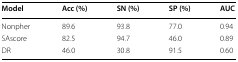
<table><thead><tr><td><b>Model</b></td><td><b>Acc (%)</b></td><td><b>SN (%)</b></td><td><b>SP (%)</b></td><td><b>AUC</b></td></tr></thead><tbody><tr><td>Nonpher</td><td>89.6</td><td>93.8</td><td>77.0</td><td>0.94</td></tr><tr><td>SAscore</td><td>82.5</td><td>94.7</td><td>46.0</td><td>0.89</td></tr><tr><td>DR</td><td>46.0</td><td>30.8</td><td>91.5</td><td>0.60</td></tr></tbody></table>